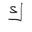
Letter: _kaf